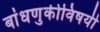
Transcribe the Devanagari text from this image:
बांधणुकीविषयी